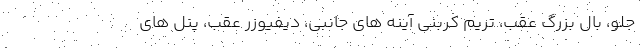
جلو، بال بزرگ عقب، تریم کربنی آینه های جانبی، دیفیوزر عقب، پنل های